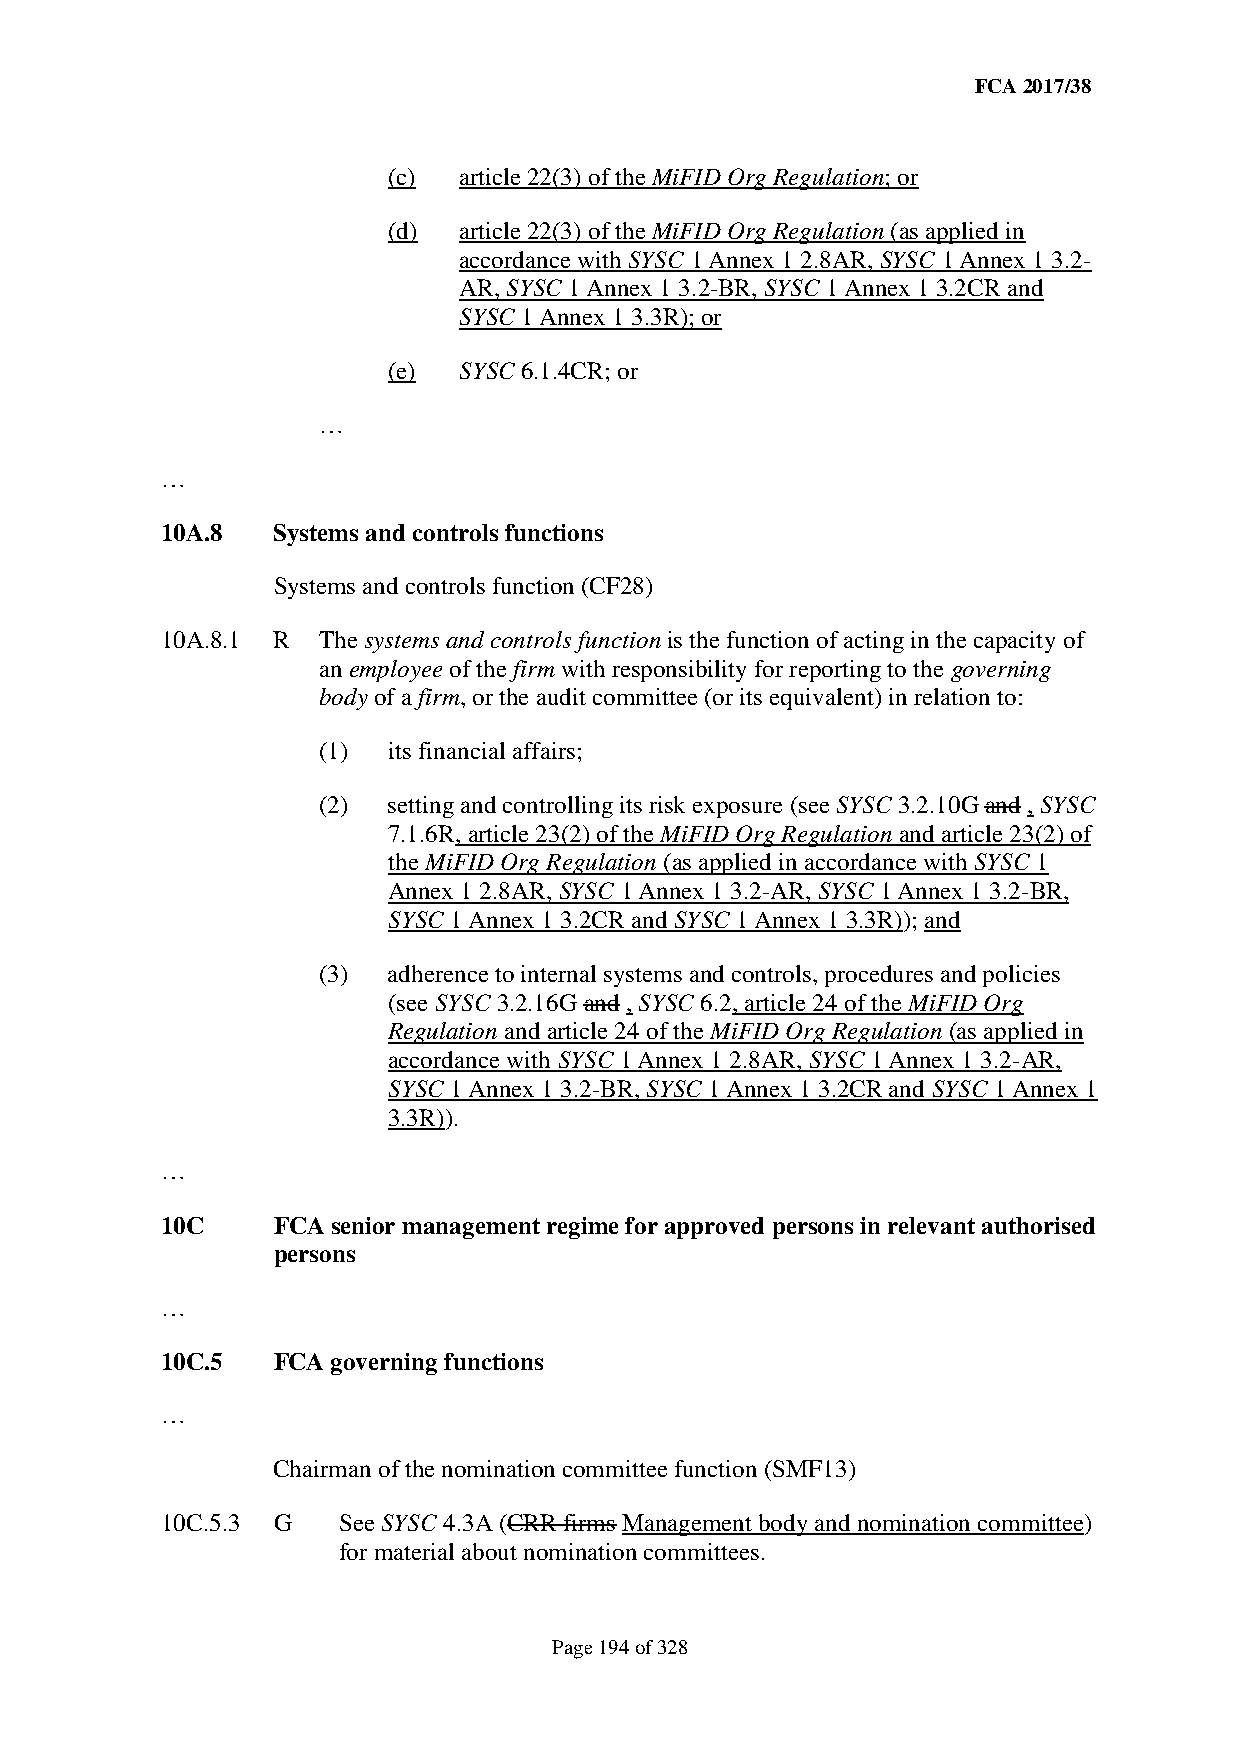
FCA 2017/38
 (c) article 22(3) of the MiFID Org Regulation; or
 (d) article 22(3) of the MiFID Org Regulation (as applied in
 accordance with SYSC 1 Annex 1 2.8AR, SYSC 1 Annex 1 3.2-
 AR, SYSC 1 Annex 1 3.2-BR, SYSC 1 Annex 1 3.2CR and
 SYSC 1 Annex 1 3.3R); or
 (e) SYSC 6.1.4CR; or
 …
 …
 10A.8  Systems and controls functions
 Systems and controls function (CF28)
 10A.8.1 R The systems and controls function is the function of acting in the capacity of
 an employee of the firm with responsibility for reporting to the governing
 body of a firm, or the audit committee (or its equivalent) in relation to:
 (1)  its financial affairs;
 (2)  setting and controlling its risk exposure (see SYSC 3.2.10G and , SYSC
 7.1.6R, article 23(2) of the MiFID Org Regulation and article 23(2) of
 the MiFID Org Regulation (as applied in accordance with SYSC 1
 Annex 1 2.8AR, SYSC 1 Annex 1 3.2-AR, SYSC 1 Annex 1 3.2-BR,
 SYSC 1 Annex 1 3.2CR and SYSC 1 Annex 1 3.3R)); and
 (3)  adherence to internal systems and controls, procedures and policies
 (see SYSC 3.2.16G and , SYSC 6.2, article 24 of the MiFID Org
 Regulation and article 24 of the MiFID Org Regulation (as applied in
 accordance with SYSC 1 Annex 1 2.8AR, SYSC 1 Annex 1 3.2-AR,
 SYSC 1 Annex 1 3.2-BR, SYSC 1 Annex 1 3.2CR and SYSC 1 Annex 1
 3.3R)).
 …
 10C    FCA senior management regime for approved persons in relevant authorised
 persons
 …
 10C.5  FCA governing functions
 …
 Chairman of the nomination committee function (SMF13)
 10C.5.3 G  See SYSC 4.3A (CRR firms Management body and nomination committee)
 for material about nomination committees.
 Page 194 of 328